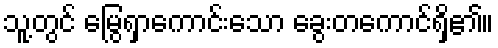
သူ့တွင် မြွေရှာကောင်းသော ခွေးတကောင်ရှိ၏။